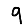
Digit: 9